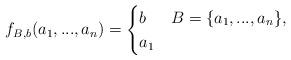
LaTeX: \begin{align*}f_{B,b}(a_1,...,a_n)=\begin{cases}b & B=\{a_1,...,a_n\},\\a_1 & \end{cases}\end{align*}